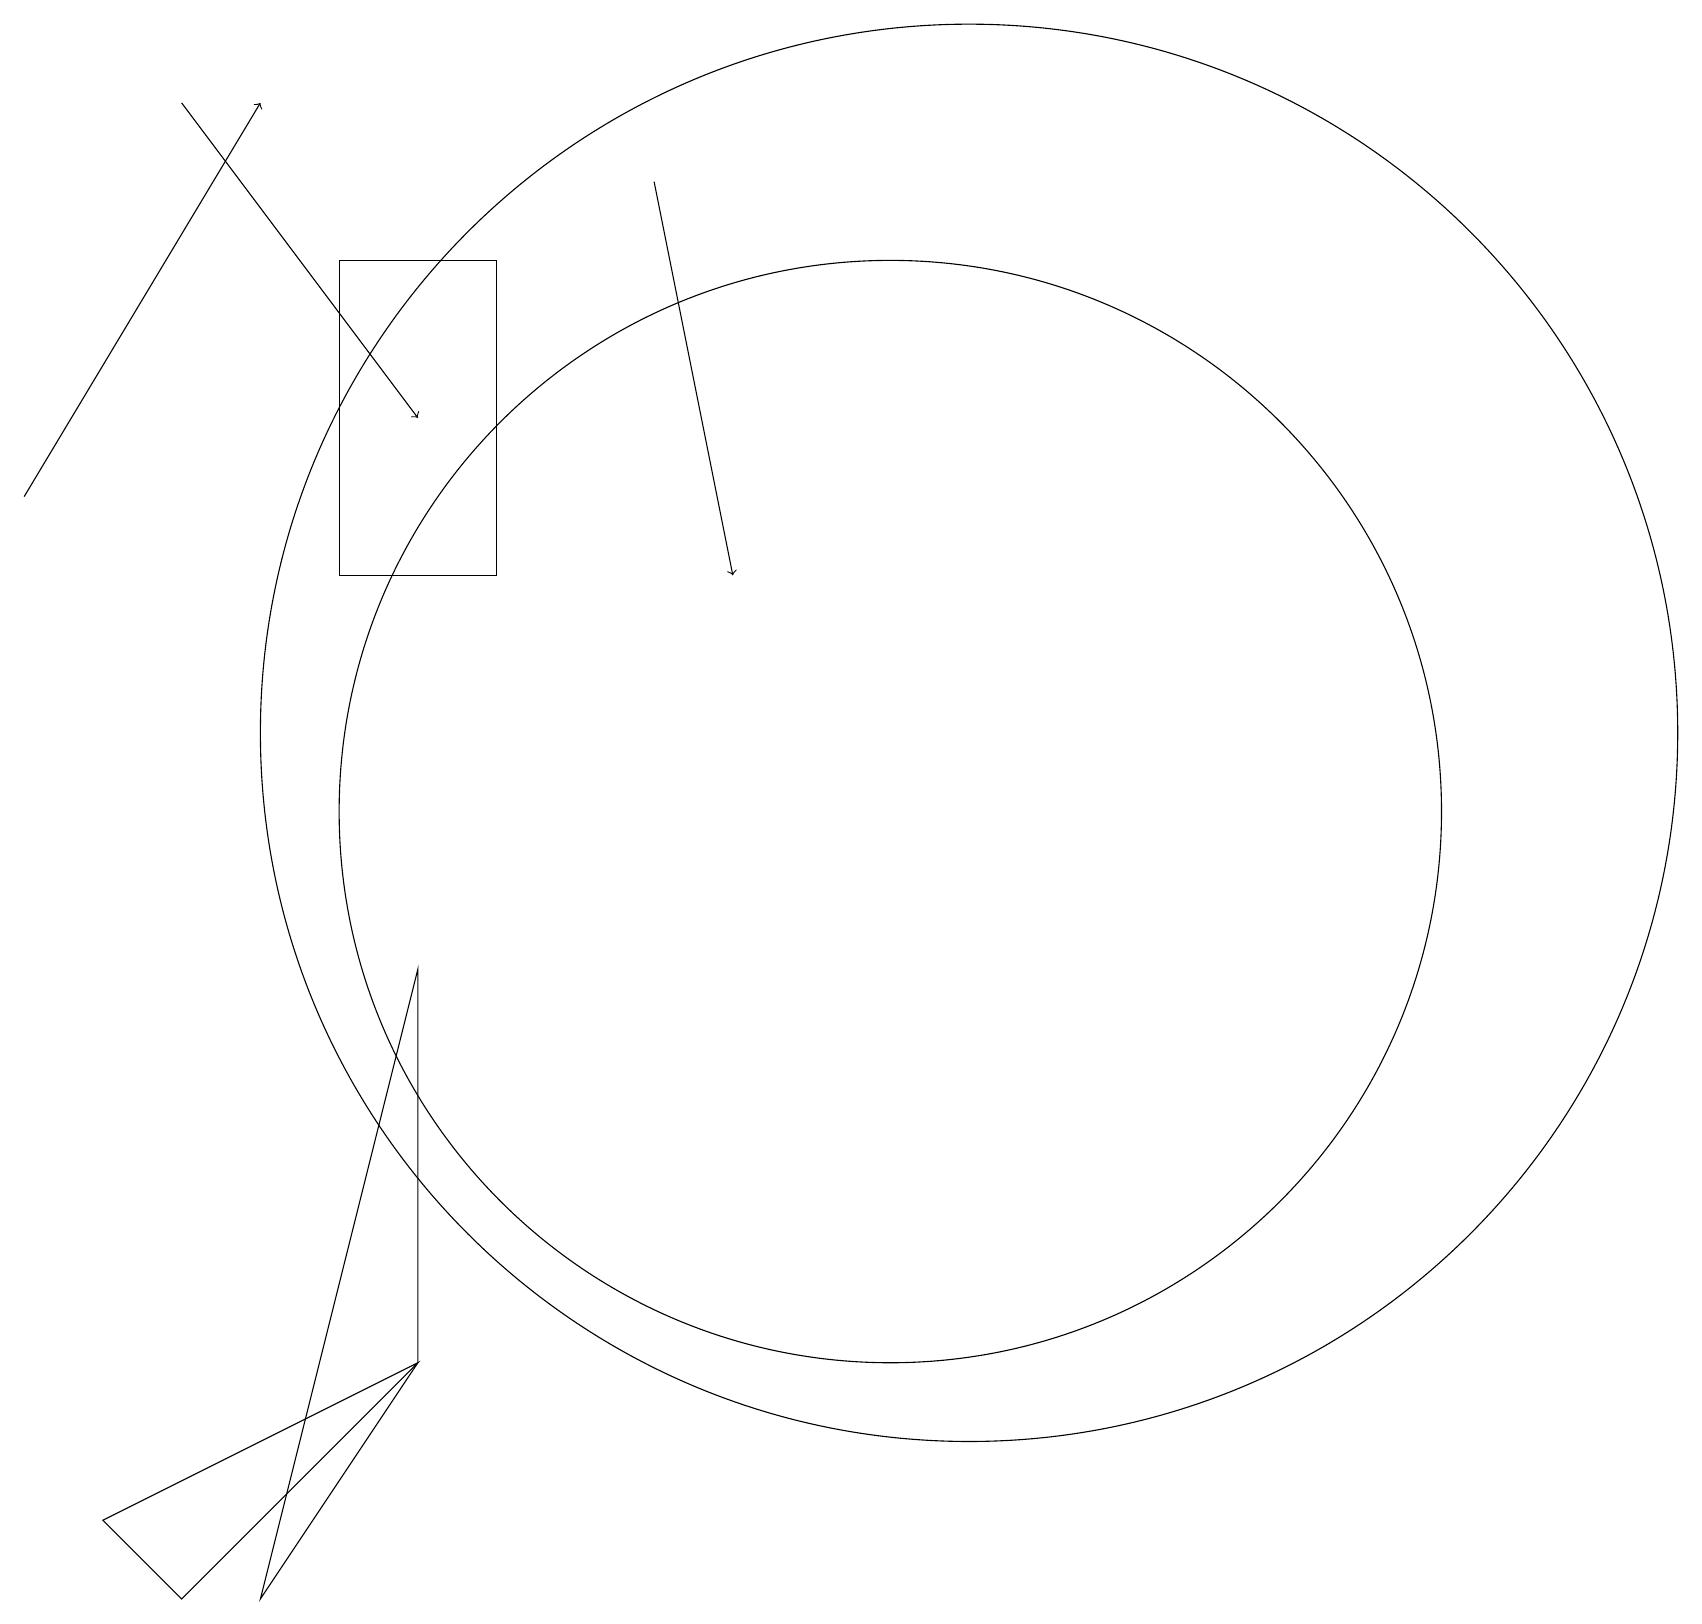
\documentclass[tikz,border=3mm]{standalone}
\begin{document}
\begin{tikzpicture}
\draw (1,1) -- (2,0) -- (5,3) -- cycle;
\draw (12,11) circle (9);
\draw[->] (0,14) -- (3,19);
\draw (3,0) -- (5,3) -- (5,8) -- cycle;
\draw (11,10) circle (7);
\draw (6,13) rectangle (4,17);
\draw[->] (2,19) -- (5,15);
\draw[->] (8,18) -- (9,13);
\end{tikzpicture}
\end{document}